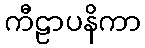
ကီဠာပနိကာ